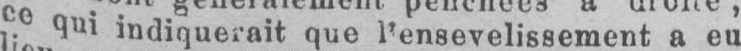
cequi indiquerait que l’ensevelissement a eu